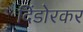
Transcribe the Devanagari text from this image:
दिंडोरकर